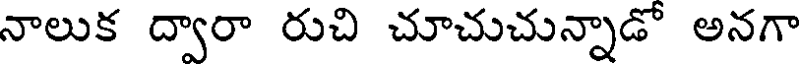
నాలుక ద్వారా రుచి చూచుచున్నాడో అనగా